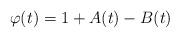
LaTeX: \begin{align*}\varphi(t)=1+A(t)-B(t)\end{align*}